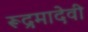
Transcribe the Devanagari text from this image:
रूद्रमादेवी